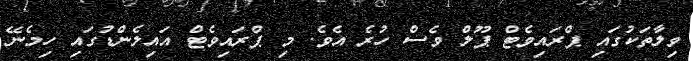
ވިލާތަކުގައި ޕްރައިވެޓް ޕޫލް ވެސް ހުރެ އެވެ. މި ޕްރައިވެޓް އައިލެންޑުގައި ހިމެނޭ